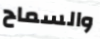
والسماح